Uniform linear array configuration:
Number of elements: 64
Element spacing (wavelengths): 1
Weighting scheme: uniform
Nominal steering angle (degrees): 15
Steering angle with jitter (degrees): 13.916
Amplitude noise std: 0.05
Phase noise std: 0.05

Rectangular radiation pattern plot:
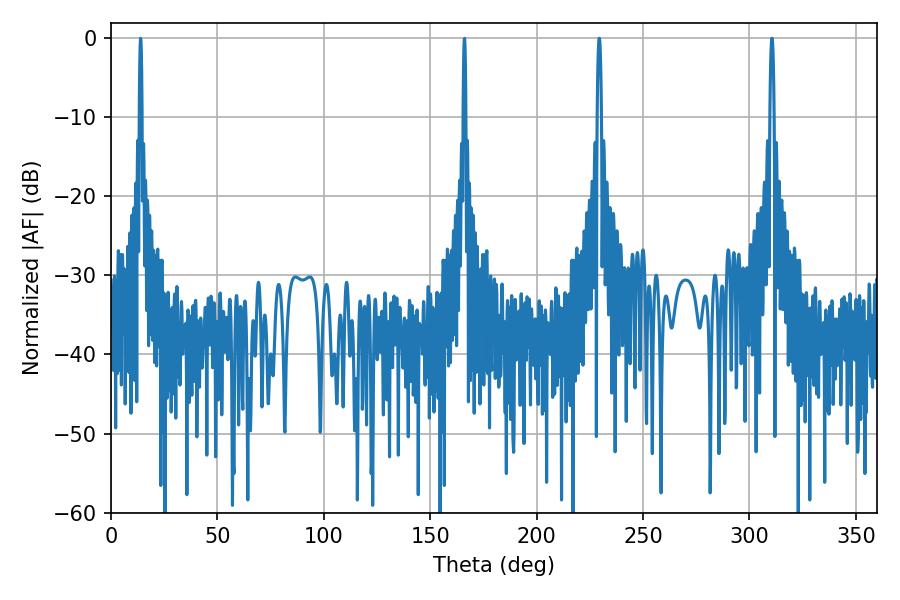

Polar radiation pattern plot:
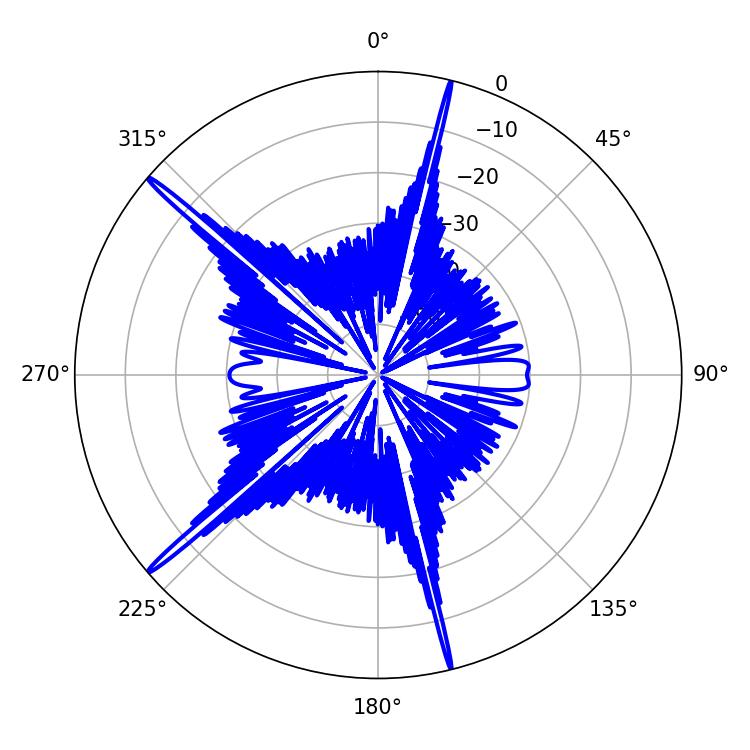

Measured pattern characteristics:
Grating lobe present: TRUE
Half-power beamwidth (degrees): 0.9
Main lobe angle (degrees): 310.5